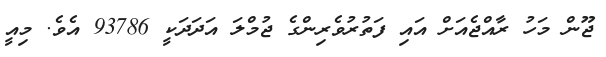
ޖޫން މަހު ރާއްޖެއަށް އައި ފަތުރުވެރިންގެ ޖުމްލަ އަދަދަކީ 93786 އެވެ. މިއީ